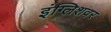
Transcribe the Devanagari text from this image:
इंग्लिशवर